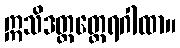
ဣသိဒတ္တတ္ထေရဂါထာ။